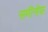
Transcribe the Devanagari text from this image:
समीनोफ़